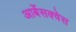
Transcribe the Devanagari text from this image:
आर्बेसक्वेस